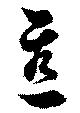
直